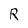
Character: R